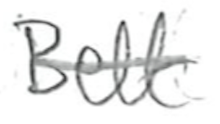
Text: Belt
Cross-out: single-line
Writing tool: pencil